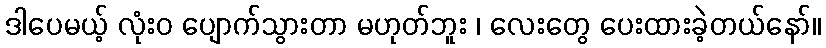
ဒါပေမယ့် လုံးဝ ပျောက်သွားတာ မဟုတ်ဘူး ၊ လေးတွေ ပေးထားခဲ့တယ်နော်။